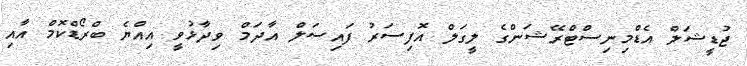
ޖުޑީޝަލް އެޑްމިނިސްޓްރޭޝަންގެ ލީގަލް އޮފިސަރު ފައިސަލް އާދަމް ވިދާޅުވީ އިއްޔެ ބްރޯޑްކޮމް އާއި